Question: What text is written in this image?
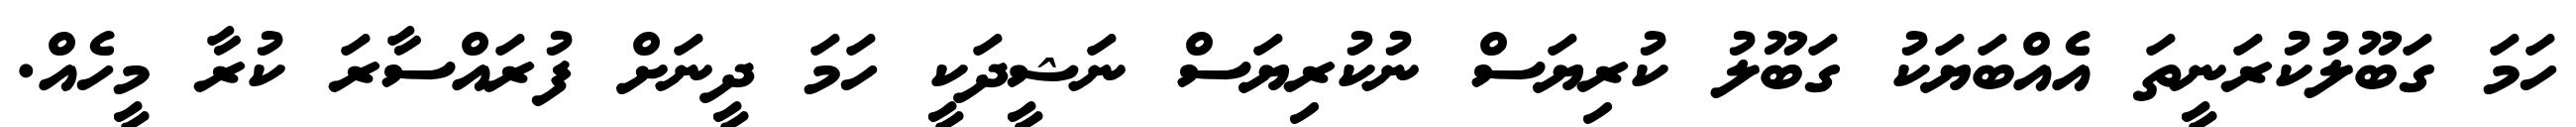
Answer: ހަމަ ގަބޫލުކުރަނީތަ އެއްބަޔަކު ގަބޫލު ކުރިޔަސް ނުކުރިޔަސް ނަޝީދަކީ ހަމަ ދީނަށް ފުރައްސާރަ ކުރާ މީހެއް.